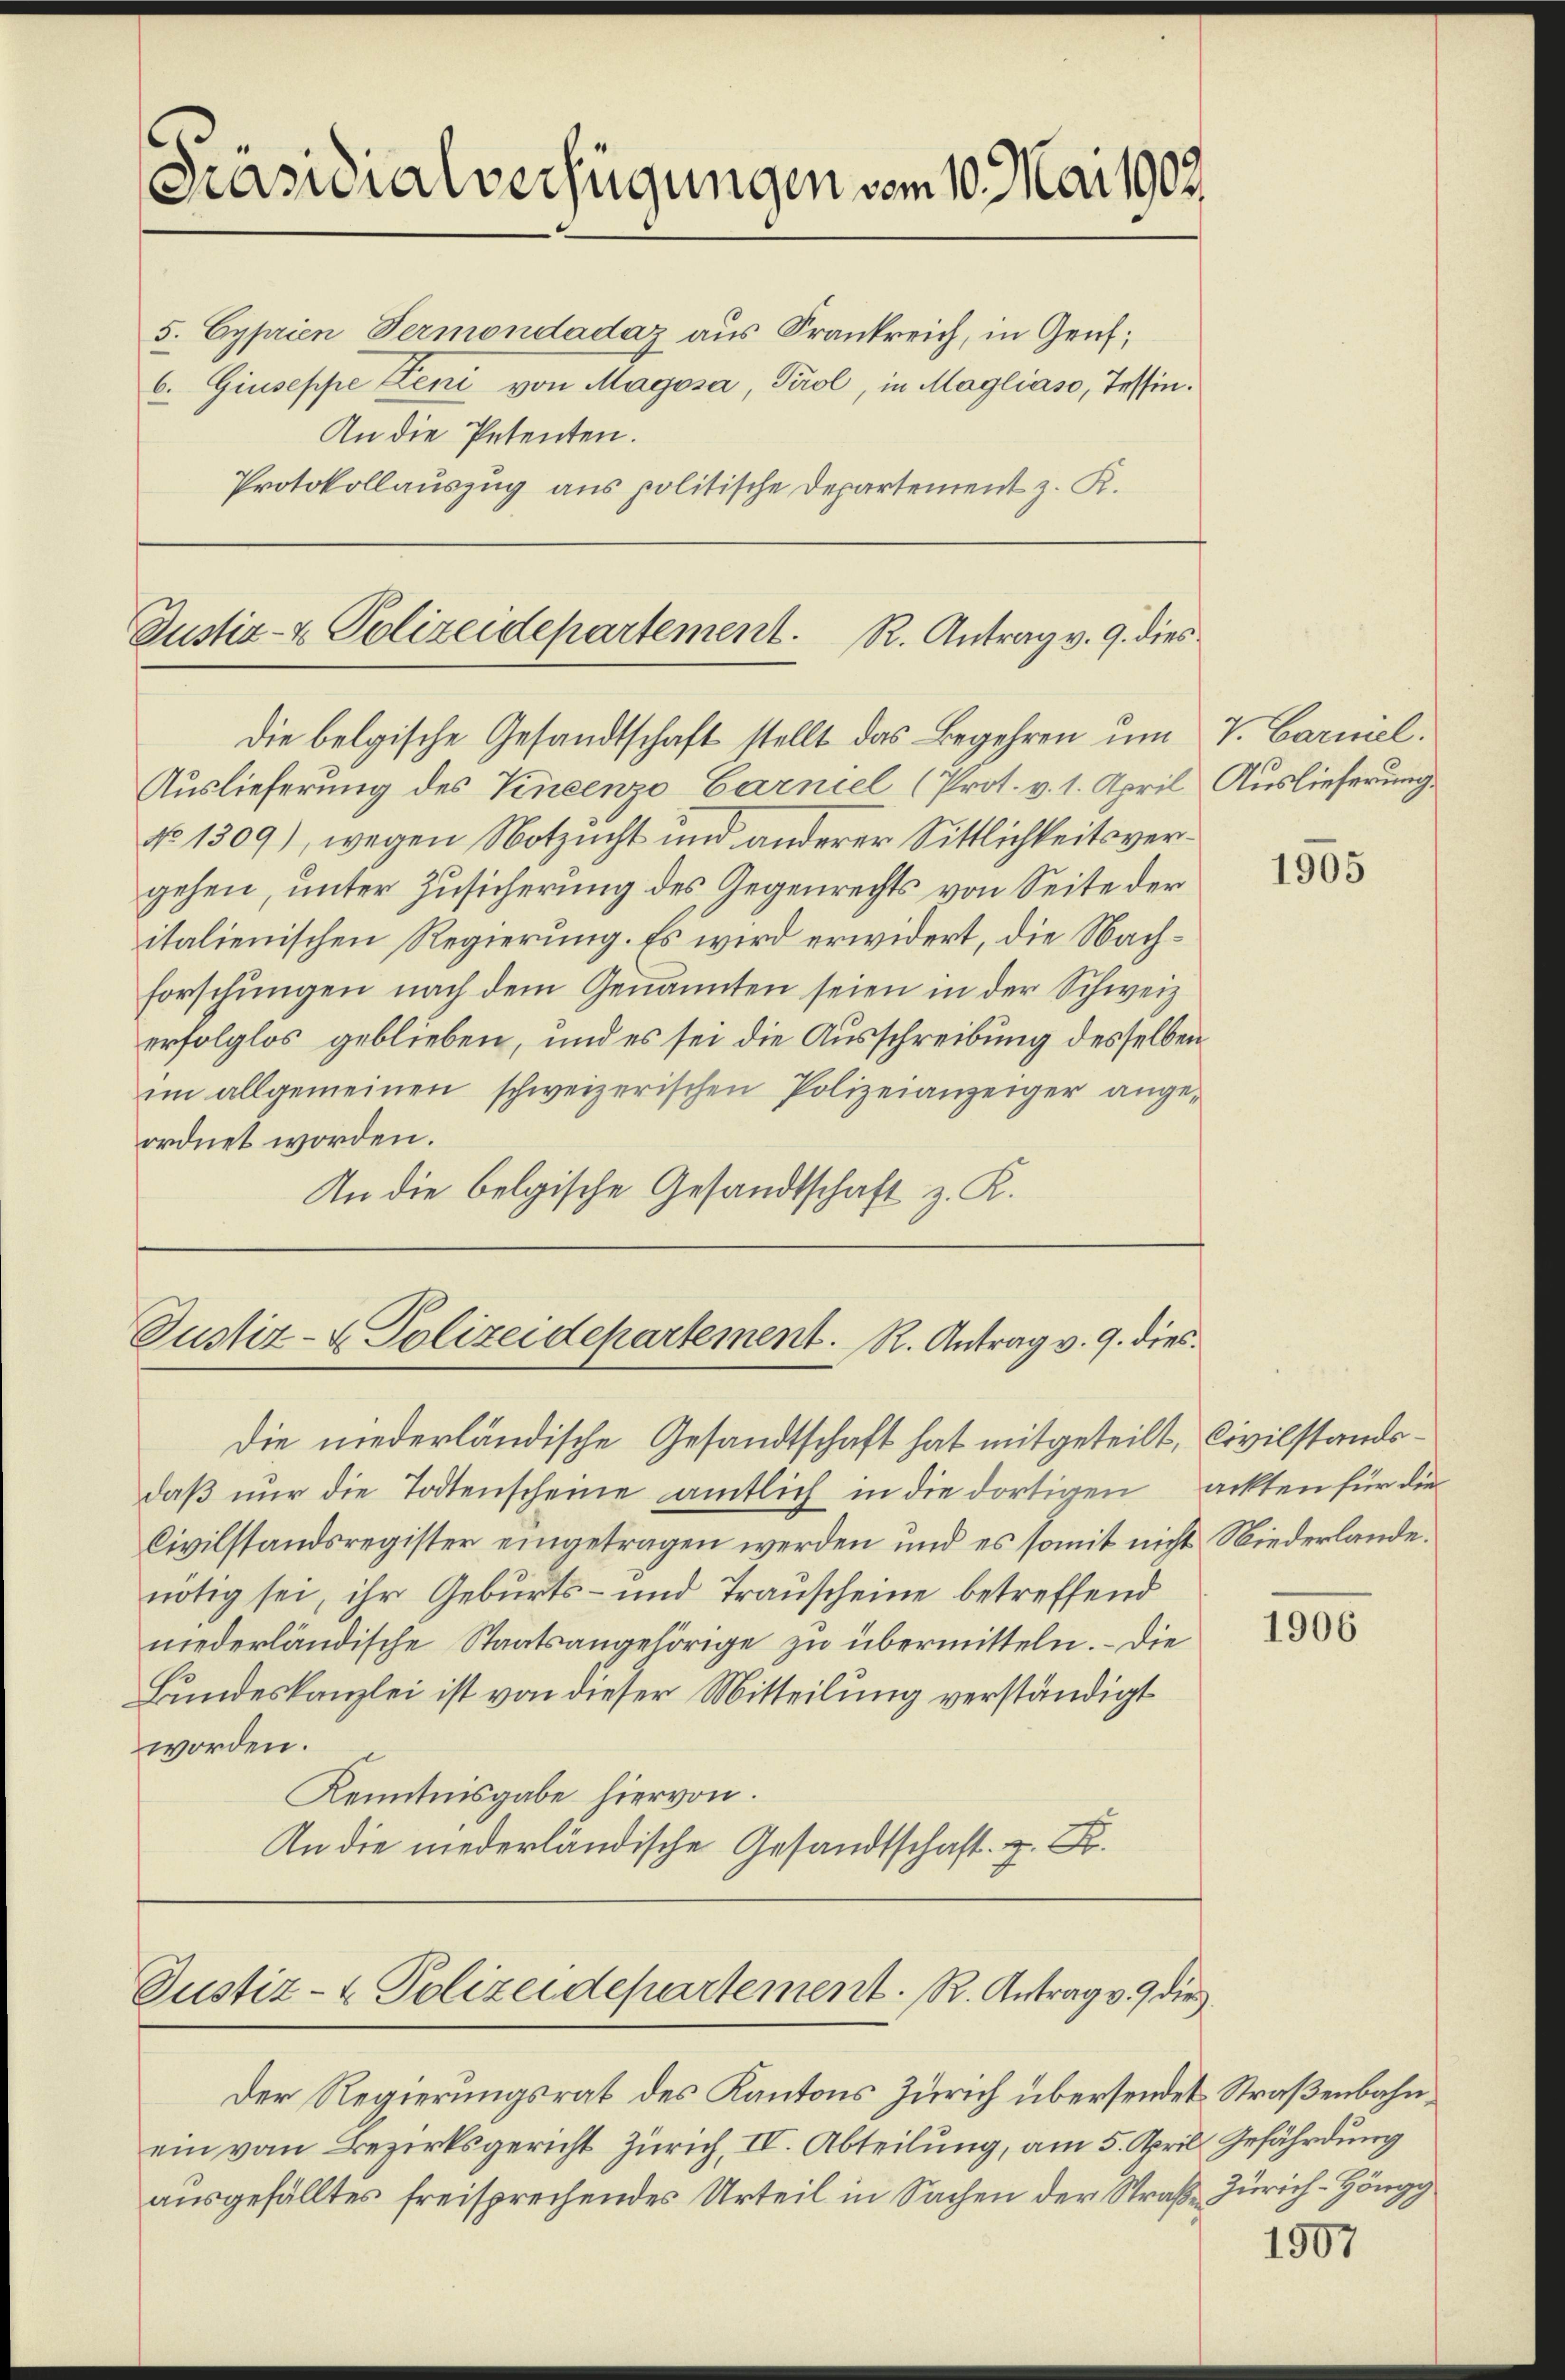
Präsidialverfügungen vom 10. Mai 1902

5. Cyprien Termondadar aus Frankreich, in Gruf¬
6. Giuseppe Leni von Magosa, Tirol, in Magliaso, Tessin¬
An die Petenten.
Protokollauszug aus politische Departement z. R.

Justiz- & Polizeidepartement. R. Antrag v. 9. dies

Justiz- & Polizeidepartement. R. Antrag v. 9. dies

die belgische Gesandtschaft stellt das Begehren um V. Carniel¬
Auslieferung des Vincenzo Carneel (Prot. v. 1. April Auslieferung
No 1309), wegen Notzucht und anderer Sittlichkeitsvergehen, unter Zusicherung des Gegenrechts von Seite der
italienischen Regierung. Es wird erwidert, die Nachforschŭngen nach dem Genannten seien in der Schweiz
erfolglos geblieben, und es sei die Ausschreibung desselben
im allgemeinen schweizerischen Polizeianzeiger angeordnet worden.
In die belgische Gesandtschaft z. K.

Der Regierungsrat des Kantons Zürich übersendet Straßenbahnein vom Bezirksgericht Zürich, II. Abteilung, am 5. April Gefährdung
ausgefälltes freisprechendes Urteil in Sachen der Straße Zürich-Höngg

Die niederländische Gesandtschaft hat mitgeteilt, Civilstandsdaβ nŭr die Todtenscheine amtlich in die dortigen ackten für die
Civilstandsregister eingetragen werden und es somit nicht Niederlande.
nötig sei, ihr Geburts- und Trauscheine betreffend
niederländische Staatsangehörige zu übermitteln. – Die
Bundeskanzlei ist von dieser Mitteilung verständigt
worden.
Kenntnisgabe hiervon
An die niederländische Gesandtschaft z. B.

Justiz- & Polizeidepartement. R. Antrag v. 9. die

1965

1906

1907